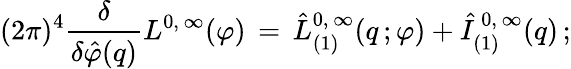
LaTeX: (2\pi)^{4}\frac{\delta}{\delta\hat{\varphi}(q)}L^{0,\, \infty}(\varphi)\, =\, \hat{L}_{(1)}^{0,\, \infty}(q\, ;\varphi)+\hat{I}_{(1)}^{\, 0,\, \infty}(q)\, ;